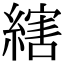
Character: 縖